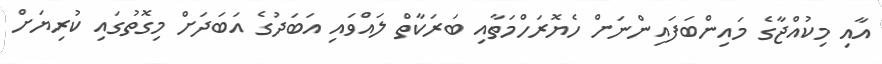
އާއި މިކުއްޖާގެ މައިންބަފައިންނަށް ހެޔޮރަހްމަތާއި ބަރަކާތް ލައްވައި އަބަދުގެ އަބަދަށް މިގޮތުގައި ކުރިޔަށް